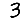
Digit: 3